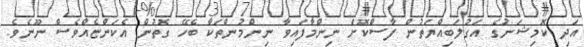
އަދި ކޮމިޝަނުގެ އަގުލަބިއްޔަތުން ފާސްކޮށް ނިންމާފައިވާ ނިންމުންތަކާ ބެހޭ ގޮތުން އެކަންޏެއްވެސް ނޫނެވެ.